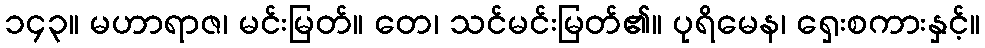
၁၄၃။ မဟာရာဇ၊ မင်းမြတ်။ တေ၊ သင်မင်းမြတ်၏။ ပုရိမေန၊ ရှေးစကားနှင့်။